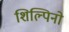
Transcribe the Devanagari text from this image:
शिल्पिनो